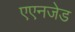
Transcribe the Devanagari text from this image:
एएनजेड